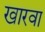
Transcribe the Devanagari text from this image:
खारवा